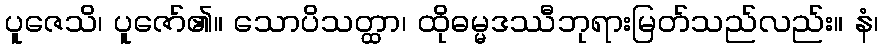
ပူဇေသိ၊ ပူဇော်၏။ သောပိသတ္ထာ၊ ထိုဓမ္မဒဿီဘုရားမြတ်သည်လည်း။ နံ၊